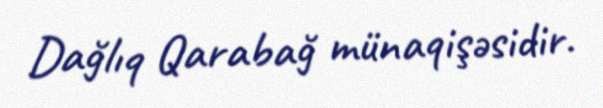
Dağlıq Qarabağ münaqişəsidir.